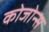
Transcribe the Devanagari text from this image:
कोजोन्स